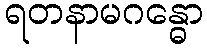
ရတနာမဂန္ဓော